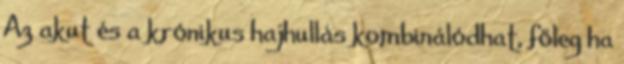
Az akut és a krónikus hajhullás kombinálódhat, főleg ha